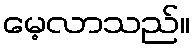
မေ့လာသည်။